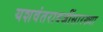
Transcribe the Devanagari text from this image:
यशवंतरावजींसारख्या